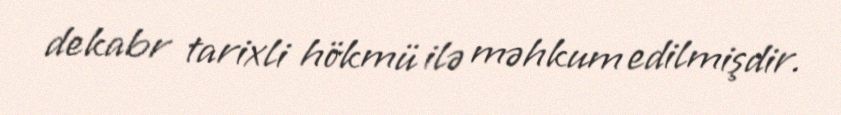
dekabr tarixli hökmü ilə məhkum edilmişdir.